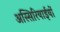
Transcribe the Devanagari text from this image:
अस्सिरियाईयों